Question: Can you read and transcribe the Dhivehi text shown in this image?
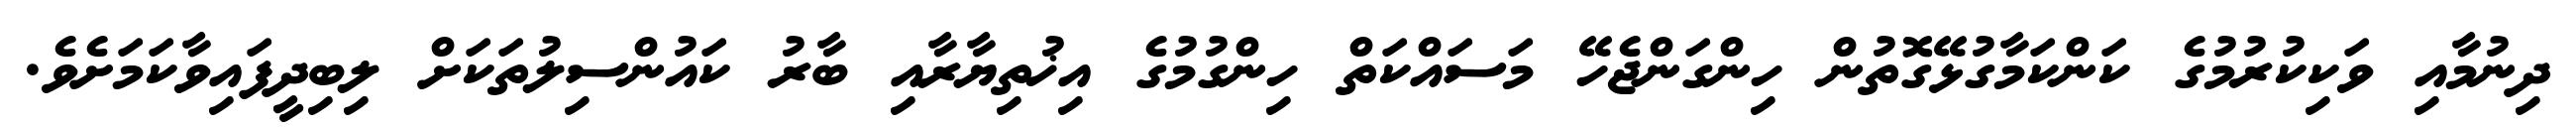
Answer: ދިނުމާއި ވަކިކުރުމުގެ ކަންކަމާގުޅޭގޮތުން ހިންގަންޖެހޭ މަސައްކަތް ހިންގުމުގެ އިޚުތިޔާރާއި ބާރު ކައުންސިލުތަކަށް ލިބިދީފައިވާކަމަށެވެ.